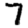
Digit: 7